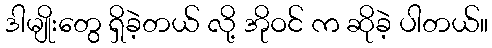
ဒါမျိုးတွေ ရှိခဲ့တယ် လို့ အိုဝင် က ဆိုခဲ့ ပါတယ်။